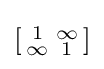
\left[{\begin{smallmatrix}1&\infty \\\infty &1\\\end{smallmatrix}}\right]